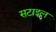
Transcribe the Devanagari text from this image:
सटाइल